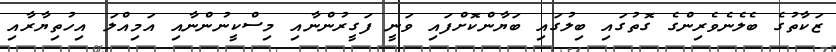
ޒަކާތުގެ ބެލެނެވެރިންގެ ގޮތުގައި ބިލުގައި ބަޔާންކޮށްފައި ވަނީ ފަގީރުންނާއި މިސްކީނުންނާއި އަމިއްލަ އިހުތިޔާރާއި